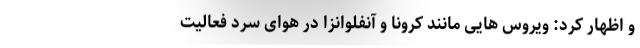
و اظهار کرد: ویروس هایی مانند کرونا و آنفلوانزا در هوای سرد فعالیت